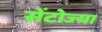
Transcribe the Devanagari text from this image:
सेंटोज्या